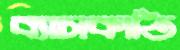
ব্যাসকাঠি